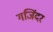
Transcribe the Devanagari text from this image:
गजिंदर